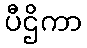
ပီဌိကာ